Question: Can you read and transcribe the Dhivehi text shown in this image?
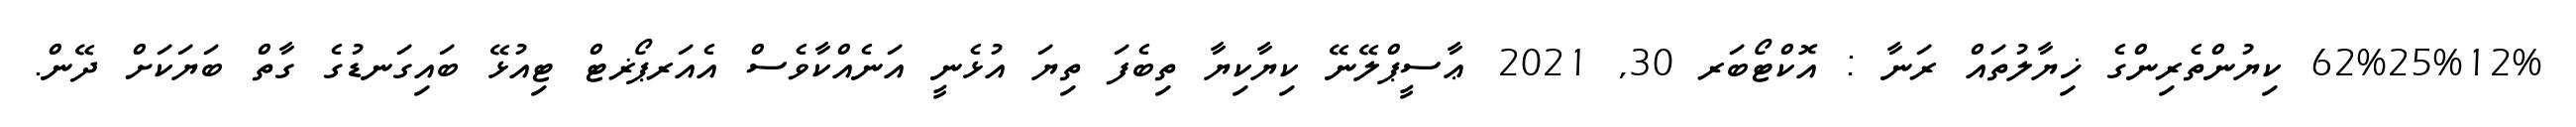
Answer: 62%25%12% ކިޔުންތެރިންގެ ޚިޔާލުތައް ރަނާ : އޮކްޓޯބަރ 30, 2021 ޢާސީޕްލޭނޭ ކިޔާކިޔާ ތިބެފަ ތިޔަ އުޅެނީ އަނެއްކާވެސް އެއަރޕޯޜޓް ޓިއުޅޭ ބައިގަނޑުގެ ގާތް ބަޔަކަށް ދޭން.